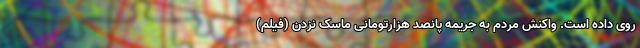
روی داده است. واکنش مردم به جریمه پانصد هزارتومانی ماسک نزدن (فیلم)